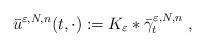
LaTeX: \begin{align*}\bar u^{\varepsilon,N,n} (t,\cdot):=K_{\varepsilon}\ast \bar \gamma_t^{\varepsilon,N,n} \ ,\end{align*}